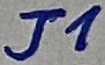
Text: J1